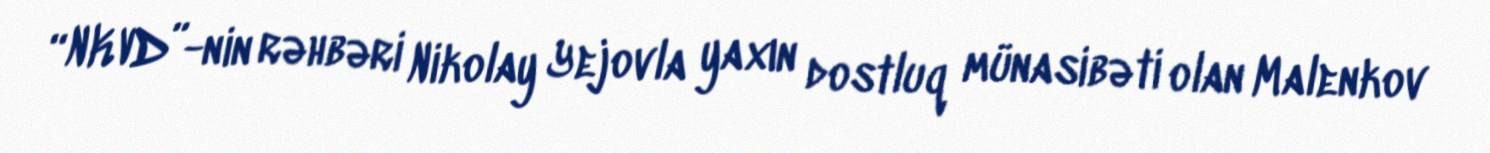
“NKVD”-nin rəhbəri Nikolay Yejovla yaxın dostluq münasibəti olan Malenkov